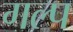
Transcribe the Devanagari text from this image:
गल्‍प